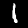
Digit: 1